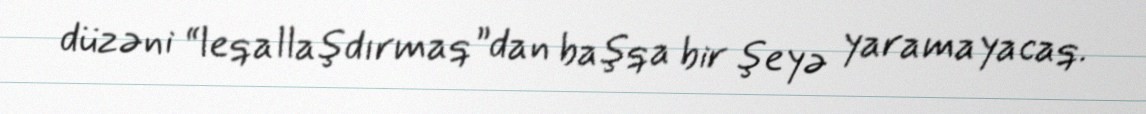
düzəni “leqallaşdırmaq”dan başqa bir şeyə yaramayacaq.